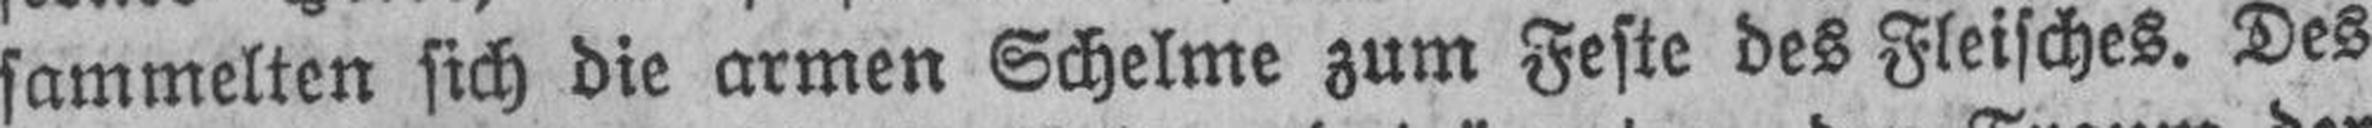
sammelten sich die armen Schelme zum Feste des Fleisches. Des